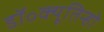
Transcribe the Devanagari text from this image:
डॉ॰क्यूतिन्हो